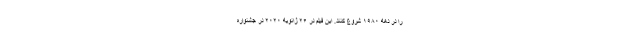
را در دهه ۱۹۸۰ شروع کنند. این فیلم در ۲۶ ژانویه ۲۰۲۰ در جشنوارهٔ